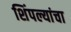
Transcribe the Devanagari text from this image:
शिंपल्यांचा